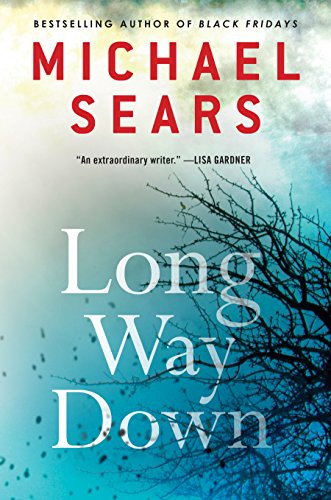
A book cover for Long Way Down (A Jason Stafford Novel); Michael Sears; Mystery, Thriller & Suspense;